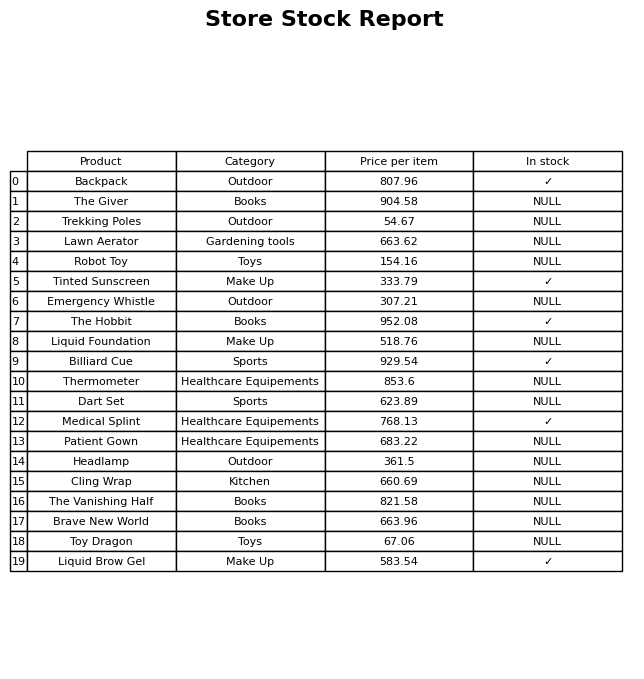
question: What category does the Emergency Whistle belong to?
answer: Outdoor